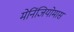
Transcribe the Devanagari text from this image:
मेनिंजियोमास